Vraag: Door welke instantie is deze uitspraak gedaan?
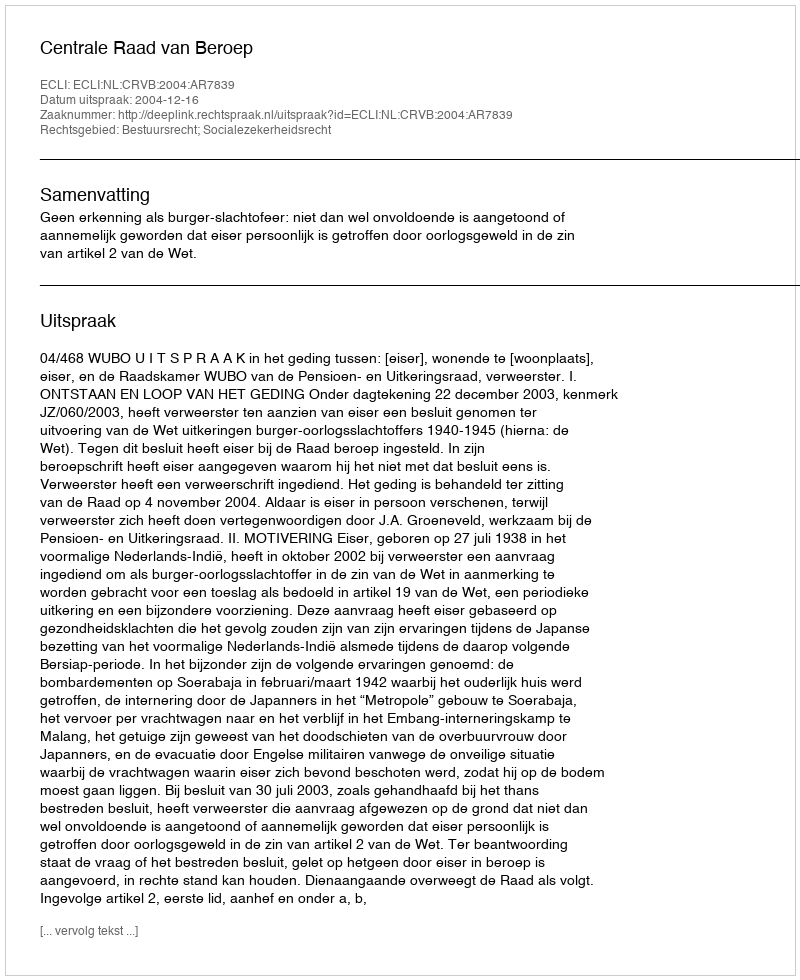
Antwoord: Centrale Raad van Beroep